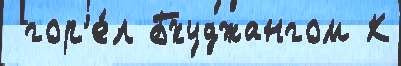
 гор'е́л Бхуджангом К